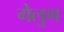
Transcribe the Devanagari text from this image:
गेलुग